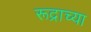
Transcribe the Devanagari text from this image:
रूद्राच्या